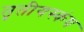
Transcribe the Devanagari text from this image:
तृतीयस्कंध